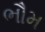
ભૌમ